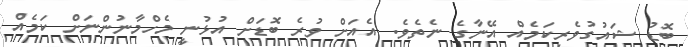
ބޮޑު ޝައުގުވެރިކަމެއް އޭނާގެ ނެތެވެ. އެއަށް ވުރެ ބޮޑަށް އުޅުނީ މެހްމާނުންނަށް ކަމެއް